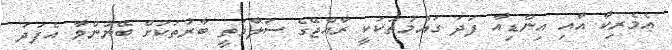
އެމެރިކާ އާއި އިންޑިއާ ފަދަ ގައުމުތަކަކީ ރާއްޖޭގެ ސަލާމަތީ ބާރުތަކަށް ބޭނުންވާ އެފަދަ